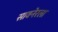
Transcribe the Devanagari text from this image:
सावनेरला